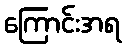
ကြောင်းအရ